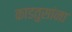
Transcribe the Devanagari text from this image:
काडतुसांना